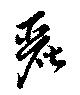
麗